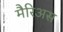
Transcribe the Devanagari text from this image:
मैरिअस